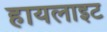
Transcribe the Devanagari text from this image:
हायलाइट